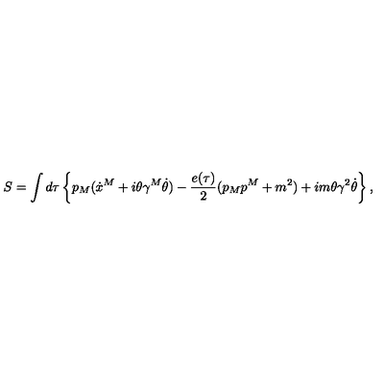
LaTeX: S = \int d \tau \left\{ p _ { M } ( \dot { x } ^ { M } + i \theta \gamma ^ { M } \dot { \theta } ) - { \frac { e ( \tau ) } { 2 } } ( p _ { M } p ^ { M } + m ^ { 2 } ) + i m \theta \gamma ^ { 2 } \dot { \theta } \right\} ,